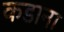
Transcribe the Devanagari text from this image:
कडाना